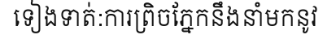
ទៀងទាត់:ការព្រិចភ្នែកនឹងនាំមកនូវ